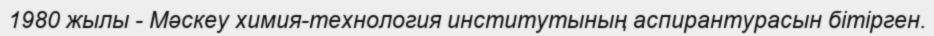
1980 жылы - Мәскеу химия-технология институтының аспирантурасын бітірген.